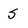
Character: s